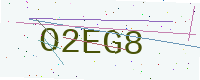
Text: O2EG8